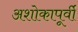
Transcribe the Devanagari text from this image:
अशोकापूर्वी